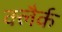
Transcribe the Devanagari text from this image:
क्लैर्क